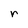
Character: r